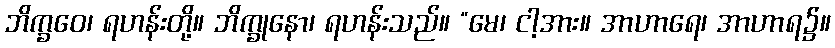
ဘိက္ခဝေ၊ ရဟန်းတို့။ ဘိက္ခုနော၊ ရဟန်းသည်။ “မေ၊ ငါ့အား။ အာဟာရေ၊ အာဟာရ၌။